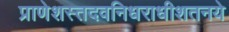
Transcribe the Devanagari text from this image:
प्राणेशस्तदवनिधराधीशतनये